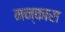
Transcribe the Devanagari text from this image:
मन्कारा